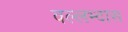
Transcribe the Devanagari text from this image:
वल्लभ्दास